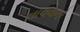
વાવવાનો